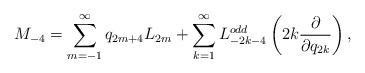
LaTeX: \begin{align*}M_{-4}=\sum_{m=-1}^{\infty}q_{2m+4}L_{2m}+\sum_{k=1}^{\infty}L_{-2k-4}^{odd}\left(2k\frac{\partial}{\partial q_{2k}}\right),\end{align*}